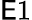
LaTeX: \mathsf{E}1